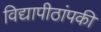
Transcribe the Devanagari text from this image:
विद्यापीठांपकी